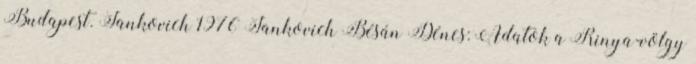
Budapest. Jankovich 1976 Jankovich Bésán Dénes: Adatok a Rinya-völgy